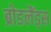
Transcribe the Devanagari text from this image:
ब्रोडलैंड्स